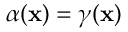
\alpha ( \mathbf { x } ) = \gamma ( \mathbf { x } )